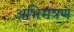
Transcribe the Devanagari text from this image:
अभिमंत्रण